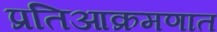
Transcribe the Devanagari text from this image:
प्रतिआक्रमणात